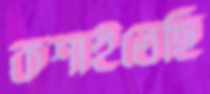
কশাইতেছি